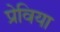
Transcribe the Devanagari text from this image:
प्रेविया